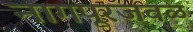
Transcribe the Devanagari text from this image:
नागपूरजवळ